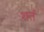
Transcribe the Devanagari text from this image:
शर्तं